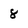
Character: 8